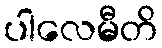
ပါလေမီတိ